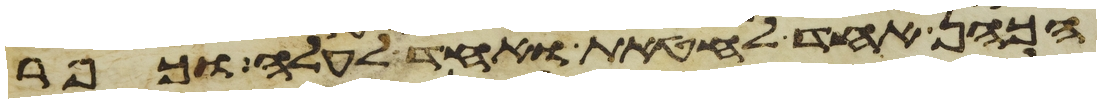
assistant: הכהן אחד לחטאת ואחד לעלה וכפר